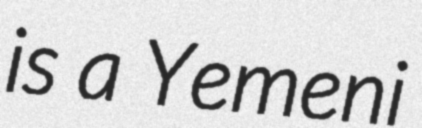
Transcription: is a Yemeni